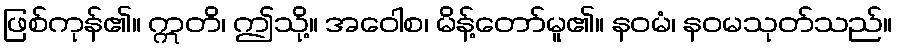
ဖြစ်ကုန်၏။ ဣတိ၊ ဤသို့။ အဝေါစ၊ မိန့်တော်မူ၏။ နဝမံ၊ နဝမသုတ်သည်။